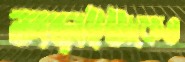
লড়াইটাকেও